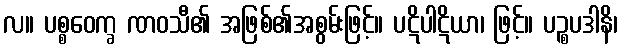
လ။ ပစ္စဝေက္ခ ဏဝသီ၏ အဖြစ်၏အစွမ်းဖြင့်။ ပဋိပါဋိယာ၊ ဖြင့်။ ပဉ္စပဒါနိ၊